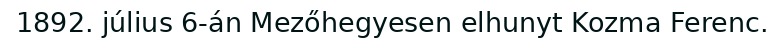
1892. július 6-án Mezőhegyesen elhunyt Kozma Ferenc.